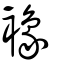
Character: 襐